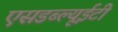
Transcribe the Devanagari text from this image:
एसडब्ल्यूईटी